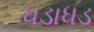
ધડાધડ